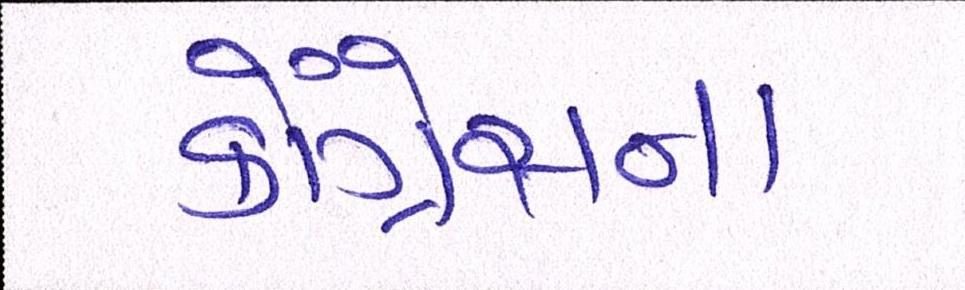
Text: કૉંગ્રેસના